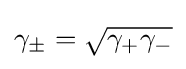
\gamma _{\pm }={\sqrt {\gamma _{+}\gamma _{-}}}